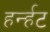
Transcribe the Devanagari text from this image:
हर्न्हट